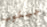
جيكوب